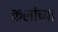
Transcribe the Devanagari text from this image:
कलांच्‍या